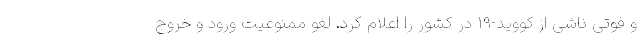
و فوتی ناشی از کووید-۱۹ در کشور را اعلام کرد. لغو ممنوعیت ورود و خروج